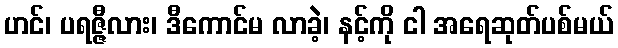
ဟင်၊ ပရဇ္ဇီလား၊ ဒီကောင်မ လာခဲ့၊ နင့်ကို ငါ အရေဆုတ်ပစ်မယ်